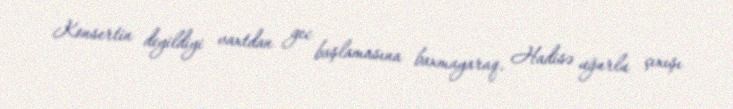
Konsertin deyildiyi vaxtdan gec başlamasına baxmayaraq, Hadisə uğurlu çıxışı